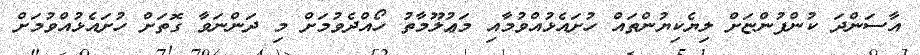
އާސަންދަ ކުންފުންޏަށް ލިޔެކިޔުންތައް ހުށައެޅުއްވުމާއި މަޢުލޫމާތު ހޯއްދެވުމަށް މި ދަންނަވާ ގޮތަށް ހުށައެޅުއްވުމަށް